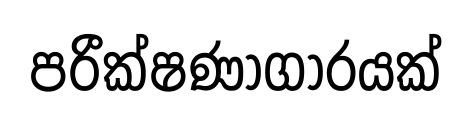
පරීක්ෂණාගාරයක්